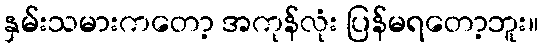
နှမ်းသမားကတော့ အကုန်လုံး ပြန်မရတော့ဘူး။